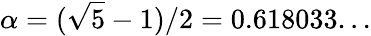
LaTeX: \alpha=(\sqrt{5}-1)/2=0.618033...